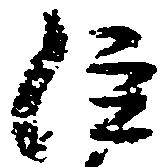
注